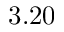
3 . 2 0